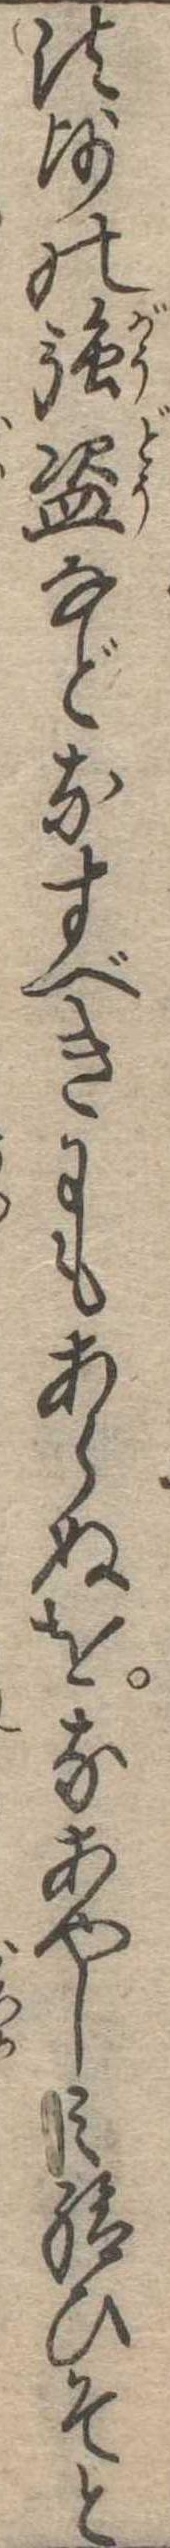
法師の強盗などなすべきにもあらぬをなあやしみ給ひそと